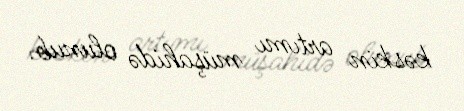
kəskin artımı müşahidə olunub.